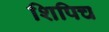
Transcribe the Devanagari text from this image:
शिपिच